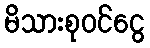
မိသားစုဝင်ငွေ